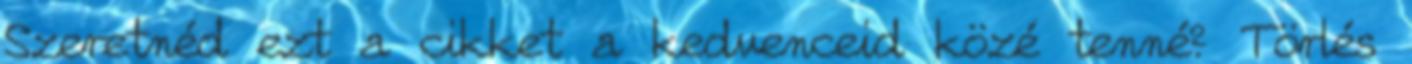
Szeretnéd ezt a cikket a kedvenceid közé tenné? Törlés